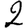
Digit: 2